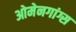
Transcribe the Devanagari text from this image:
ओमेनगांग्स